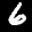
Label: 6